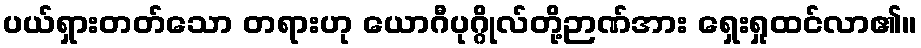
ပယ်ရှားတတ်သော တရားဟု ယောဂီပုဂ္ဂိုလ်တို့ဉာဏ်အား ရှေးရှုထင်လာ၏။